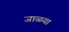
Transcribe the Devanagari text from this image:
जाळया